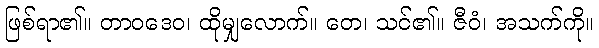
ဖြစ်ရာ၏။ တာဝဒေဝ၊ ထိုမျှလောက်။ တေ၊ သင်၏။ ဇီဝံ၊ အသက်ကို။